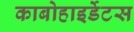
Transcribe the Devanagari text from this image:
काबोहाइर्डेटस